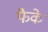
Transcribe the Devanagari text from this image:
फैके